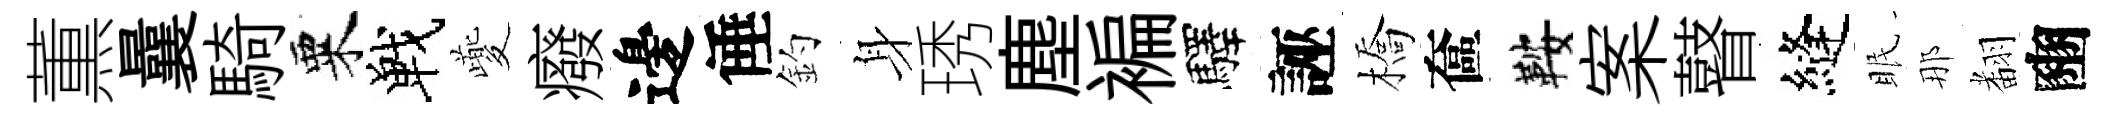
薫曩騎粟戰夔癈邊倕釣身琇塵褊驛誣橋奩鞍案瞽縫眠那𮋒豳